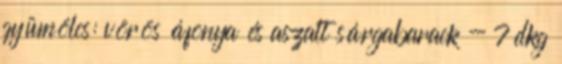
gyümölcs: vörös áfonya és aszalt sárgabarack - 7 dkg